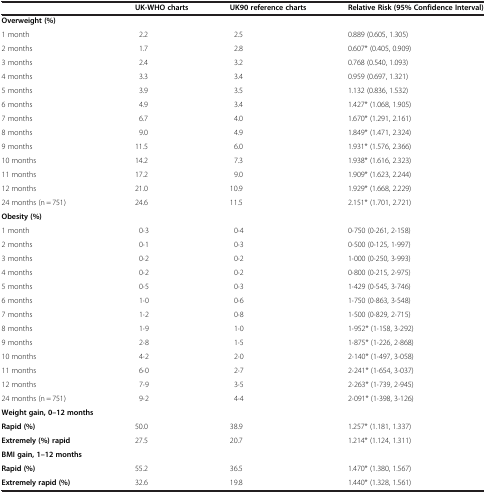
<table><thead><tr><td><b> </b></td><td><b>UK-WHO charts</b></td><td><b>UK90 reference charts</b></td><td><b>Relative Risk (95% Confidence Interval)</b></td></tr></thead><tbody><tr><td><b>Overweight (%)</b></td><td> </td><td> </td><td> </td></tr><tr><td>1 month</td><td>2.2</td><td>2.5</td><td>0.889 (0.605, 1.305)</td></tr><tr><td>2 months</td><td>1.7</td><td>2.8</td><td>0.607* (0.405, 0.909)</td></tr><tr><td>3 months</td><td>2.4</td><td>3.2</td><td>0.768 (0.540, 1.093)</td></tr><tr><td>4 months</td><td>3.3</td><td>3.4</td><td>0.959 (0.697, 1.321)</td></tr><tr><td>5 months</td><td>3.9</td><td>3.5</td><td>1.132 (0.836, 1.532)</td></tr><tr><td>6 months</td><td>4.9</td><td>3.4</td><td>1.427* (1.068, 1.905)</td></tr><tr><td>7 months</td><td>6.7</td><td>4.0</td><td>1.670* (1.291, 2.161)</td></tr><tr><td>8 months</td><td>9.0</td><td>4.9</td><td>1.849* (1.471, 2.324)</td></tr><tr><td>9 months</td><td>11.5</td><td>6.0</td><td>1.931* (1.576, 2.366)</td></tr><tr><td>10 months</td><td>14.2</td><td>7.3</td><td>1.938* (1.616, 2.323)</td></tr><tr><td>11 months</td><td>17.2</td><td>9.0</td><td>1.909* (1.623, 2.244)</td></tr><tr><td>12 months</td><td>21.0</td><td>10.9</td><td>1.929* (1.668, 2.229)</td></tr><tr><td>24 months (n = 751)</td><td>24.6</td><td>11.5</td><td>2.151* (1.701, 2.721)</td></tr><tr><td><b>Obesity (%)</b></td><td> </td><td> </td><td> </td></tr><tr><td>1 month</td><td>0·3</td><td>0·4</td><td>0·750 (0·261, 2·158)</td></tr><tr><td>2 months</td><td>0·1</td><td>0·3</td><td>0·500 (0·125, 1·997)</td></tr><tr><td>3 months</td><td>0·2</td><td>0·2</td><td>1·000 (0·250, 3·993)</td></tr><tr><td>4 months</td><td>0·2</td><td>0·2</td><td>0·800 (0·215, 2·975)</td></tr><tr><td>5 months</td><td>0·5</td><td>0·3</td><td>1·429 (0·545, 3·746)</td></tr><tr><td>6 months</td><td>1·0</td><td>0·6</td><td>1·750 (0·863, 3·548)</td></tr><tr><td>7 months</td><td>1·2</td><td>0·8</td><td>1·500 (0·829, 2·715)</td></tr><tr><td>8 months</td><td>1·9</td><td>1·0</td><td>1·952* (1·158, 3·292)</td></tr><tr><td>9 months</td><td>2·8</td><td>1·5</td><td>1·875* (1·226, 2·868)</td></tr><tr><td>10 months</td><td>4·2</td><td>2·0</td><td>2·140* (1·497, 3·058)</td></tr><tr><td>11 months</td><td>6·0</td><td>2·7</td><td>2·241* (1·654, 3·037)</td></tr><tr><td>12 months</td><td>7·9</td><td>3·5</td><td>2·263* (1·739, 2·945)</td></tr><tr><td>24 months (n = 751)</td><td>9·2</td><td>4·4</td><td>2·091* (1·398, 3·126)</td></tr><tr><td><b>Weight gain, 0–12 months</b></td><td> </td><td> </td><td> </td></tr><tr><td><b>Rapid (%)</b></td><td>50.0</td><td>38.9</td><td>1.257* (1.181, 1.337)</td></tr><tr><td><b>Extremely (%) rapid</b></td><td>27.5</td><td>20.7</td><td>1.214* (1.124, 1.311)</td></tr><tr><td><b>BMI gain, 1–12 months</b></td><td> </td><td> </td><td> </td></tr><tr><td><b>Rapid (%)</b></td><td>55.2</td><td>36.5</td><td>1.470* (1.380, 1.567)</td></tr><tr><td><b>Extremely rapid (%)</b></td><td>32.6</td><td>19.8</td><td>1.440* (1.328, 1.561)</td></tr></tbody></table>